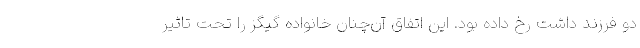
دو فرزند داشت رخ داده بود. این اتفاق آن‌چنان خانواده گیگز را تحت تاثیر